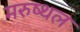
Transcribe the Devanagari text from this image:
मरुष्थल